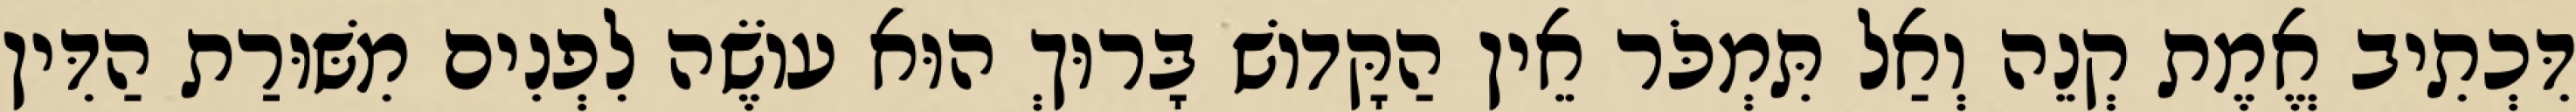
דִּכְתִיב אֱמֶת קְנֵה וְאַל תִּמְכֹּר אֵין הַקָּדוֹשׁ בָּרוּךְ הוּא עוֹשֶׂה לִפְנִים מִשּׁוּרַת הַדִּין